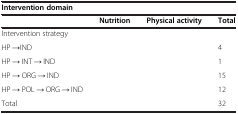
<table><thead><tr><td colspan="4"><b>Intervention domain</b></td></tr><tr><td>[EMPTY_CELL]</td><td><b>Nutrition</b></td><td><b>Physical activity</b></td><td><b>Total</b></td></tr></thead><tbody><tr><td colspan="4">Intervention strategy</td></tr><tr><td>HP →IND</td><td>[EMPTY_CELL]</td><td>[EMPTY_CELL]</td><td>4</td></tr><tr><td>HP → INT → IND</td><td>[EMPTY_CELL]</td><td>[EMPTY_CELL]</td><td>1</td></tr><tr><td>HP → ORG → IND</td><td>[EMPTY_CELL]</td><td>[EMPTY_CELL]</td><td>15</td></tr><tr><td>HP → POL → ORG → IND</td><td>[EMPTY_CELL]</td><td>[EMPTY_CELL]</td><td>12</td></tr><tr><td>Total</td><td>[EMPTY_CELL]</td><td>[EMPTY_CELL]</td><td>32</td></tr></tbody></table>